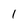
Character: 1